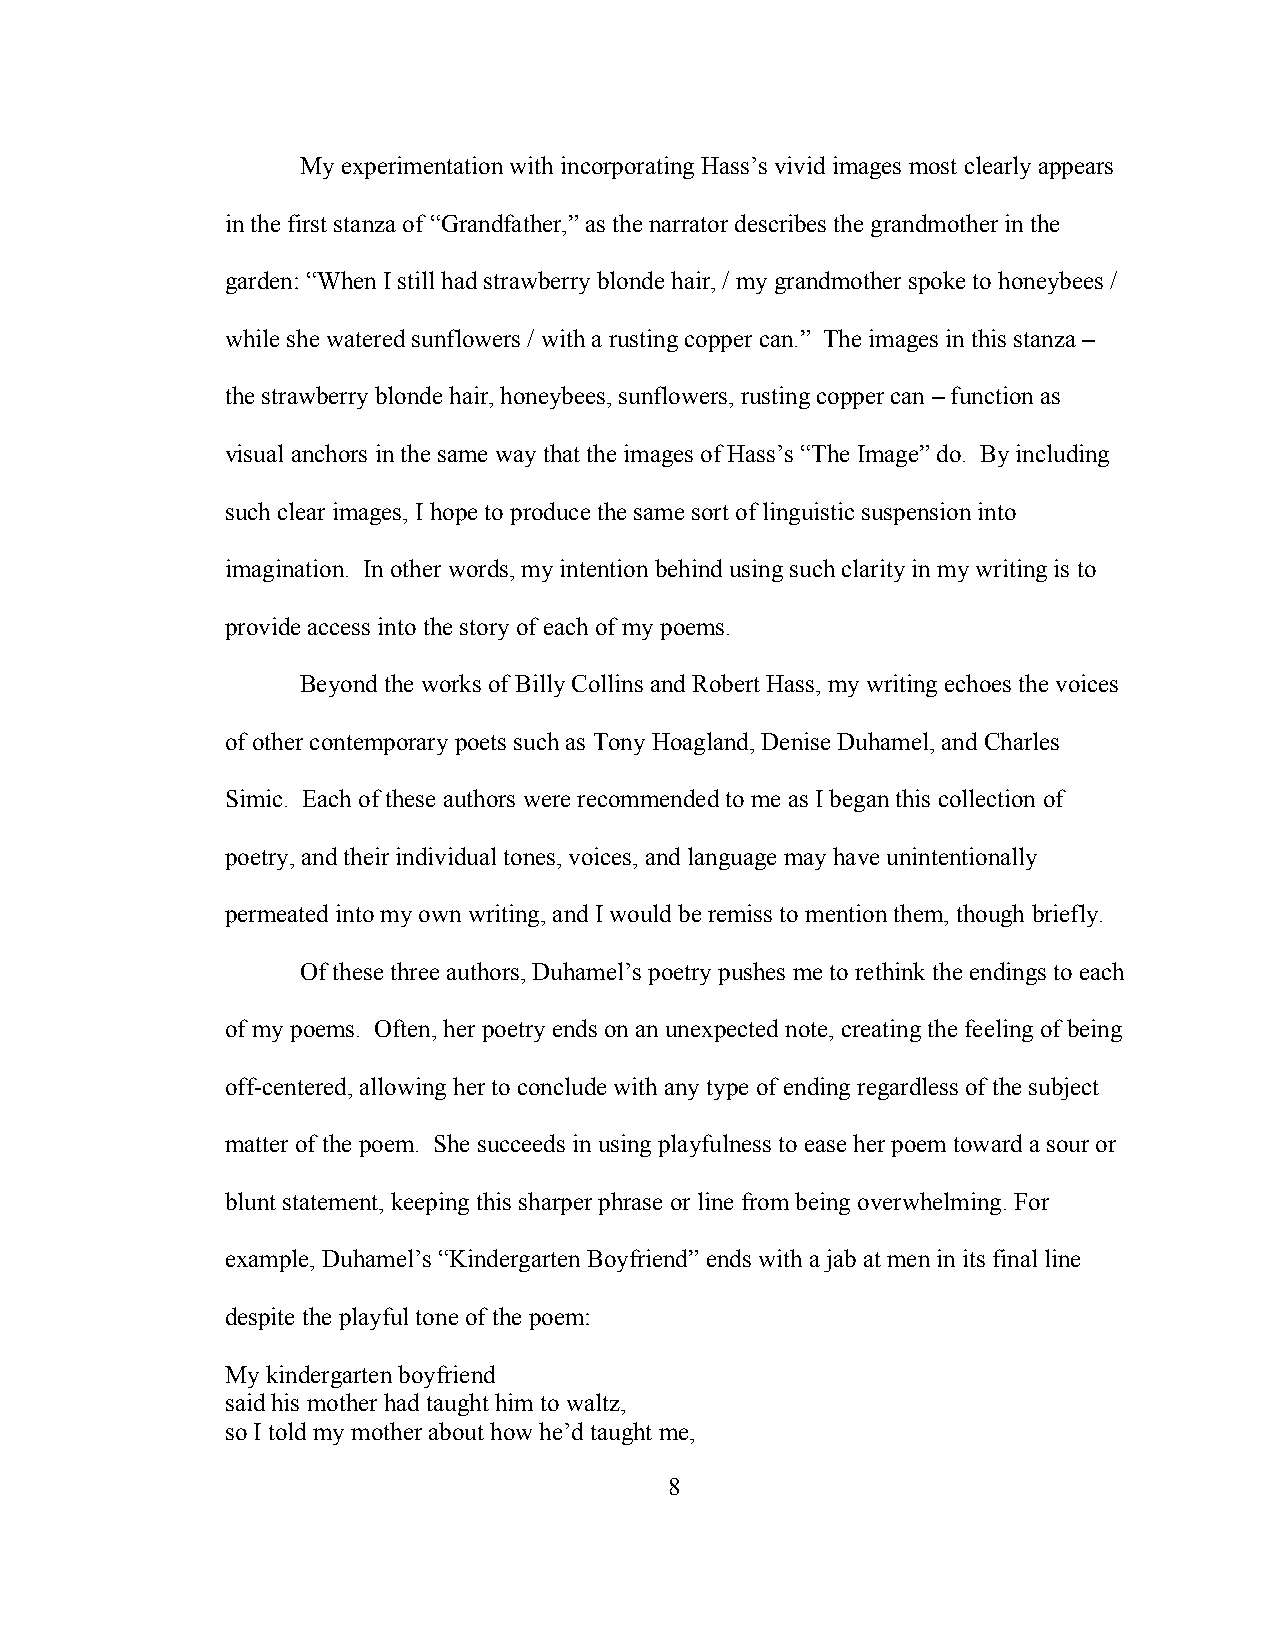
My experimentation with incorporating Hass’s vivid images most clearly appears
 in the first stanza of “Grandfather,” as the narrator describes the grandmother in the
 garden: “When I still had strawberry blonde hair, / my grandmother spoke to honeybees /
 while she watered sunflowers / with a rusting copper can.” The images in this stanza –
 the strawberry blonde hair, honeybees, sunflowers, rusting copper can – function as
 visual anchors in the same way that the images of Hass’s “The Image” do. By including
 such clear images, I hope to produce the same sort of linguistic suspension into
 imagination. In other words, my intention behind using such clarity in my writing is to
 provide access into the story of each of my poems.
 Beyond the works of Billy Collins and Robert Hass, my writing echoes the voices
 of other contemporary poets such as Tony Hoagland, Denise Duhamel, and Charles
 Simic. Each of these authors were recommended to me as I began this collection of
 poetry, and their individual tones, voices, and language may have unintentionally
 permeated into my own writing, and I would be remiss to mention them, though briefly.
 Of these three authors, Duhamel’s poetry pushes me to rethink the endings to each
 of my poems. Often, her poetry ends on an unexpected note, creating the feeling of being
 off-centered, allowing her to conclude with any type of ending regardless of the subject
 matter of the poem. She succeeds in using playfulness to ease her poem toward a sour or
 blunt statement, keeping this sharper phrase or line from being overwhelming. For
 example, Duhamel’s “Kindergarten Boyfriend” ends with a jab at men in its final line
 despite the playful tone of the poem:
 My kindergarten boyfriend
 said his mother had taught him to waltz,
 so I told my mother about how he’d taught me,
 8